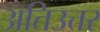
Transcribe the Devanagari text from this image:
अतिउत्तर